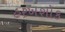
હરખશોક